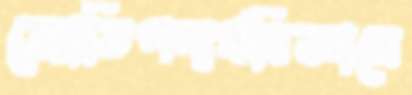
জ্যোতিপদার্থবিজ্ঞানে